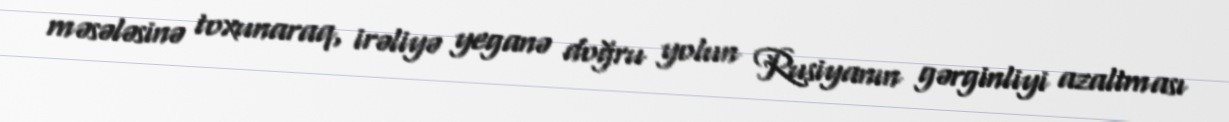
məsələsinə toxunaraq, irəliyə yeganə doğru yolun Rusiyanın gərginliyi azaltması